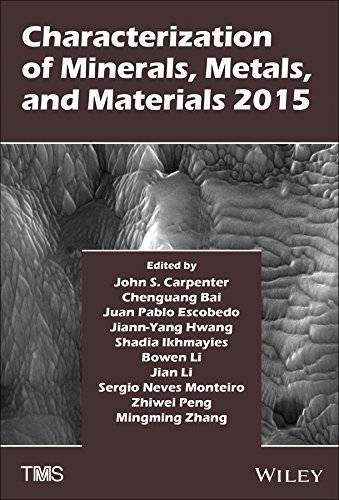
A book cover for Characterization of Minerals, Metals, and Materials 2015; Engineering & Transportation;